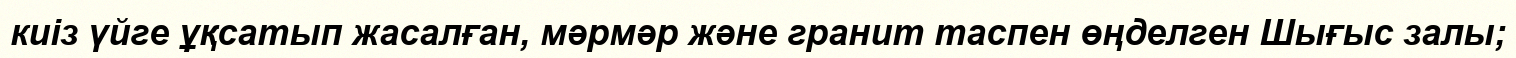
киіз үйге ұқсатып жасалған, мәрмәр және гранит таспен өңделген Шығыс залы;